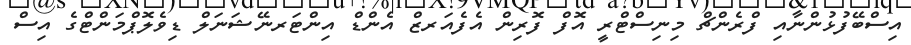
އިސްބޭފުޅުންނާއި ފްރެންޗް މިނިސްޓްރީ އޮފް ފޮރިން އެފެއަރޒް އެންޑް އިންޓަރނޭޝަނަލް ޑިވެލޮޕްމަންޓްގެ އިސް